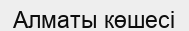
Алматы көшесі